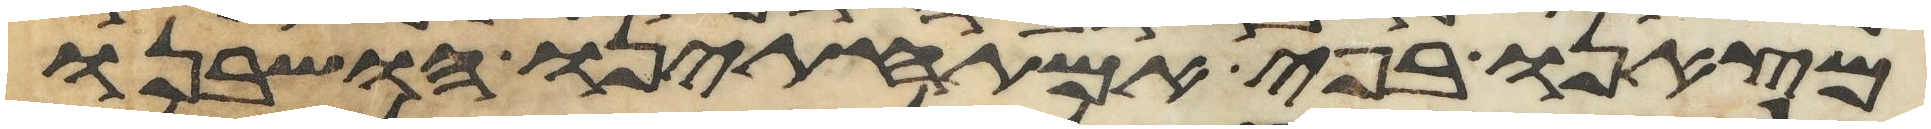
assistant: מצאנו בפי אמתחתינו הושבנו